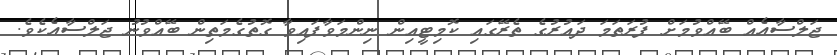
ޖަލްސާއެއް ބޭއްވުމަށް ފުރަތަމަ ދައުރުގެ ތެރޭގައި ކޮމިޓީއިން ނިންމަވާފައިވާ ގޮތުގެމަތިން ބޭއްވުނު ޖަލްސާއެކެވެ.